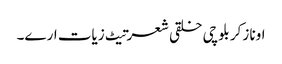
اونا زکر بلوچی خلقی شعرتیٹ زیات ارے۔